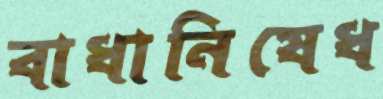
বাধানিষেধ